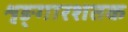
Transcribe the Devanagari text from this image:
शृङ्गारशतक